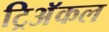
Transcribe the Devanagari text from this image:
ट्रिअॅकल